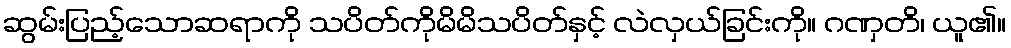
ဆွမ်းပြည့်သောဆရာကို သပိတ်ကိုမိမိသပိတ်နှင့် လဲလှယ်ခြင်းကို။ ဂဏှတိ၊ ယူ၏။